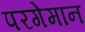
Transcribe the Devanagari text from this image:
परगेमान